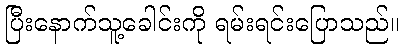
ပြီးနောက်သူ့ခေါင်းကို ရမ်းရင်းပြောသည်။